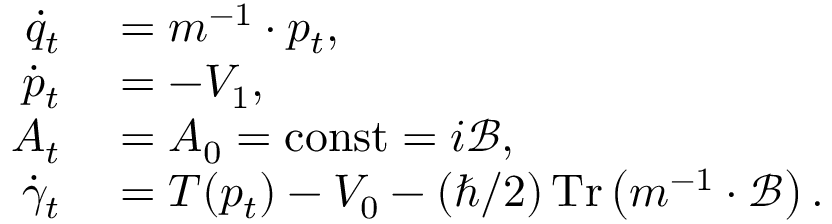
\begin{array} { r l } { \dot { q } _ { t } } & { { } = m ^ { - 1 } \cdot p _ { t } , } \\ { \dot { p } _ { t } } & { { } = - V _ { 1 } , } \\ { A _ { t } } & { { } = A _ { 0 } = \operatorname { c o n s t } = i \mathcal { B } , } \\ { \dot { \gamma } _ { t } } & { { } = T ( p _ { t } ) - V _ { 0 } - ( \hbar / 2 ) \operatorname * { T r } \left( m ^ { - 1 } \cdot \mathcal { B } \right) . } \end{array}